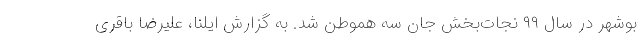
بوشهر در سال ۹۹ نجات‌بخش جان سه هموطن شد. به گزارش ایلنا، علیرضا باقری